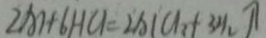
2 A H 6 H C l = 2 A 1 C l _ { 2 } + 3 H _ { 2 } \uparrow